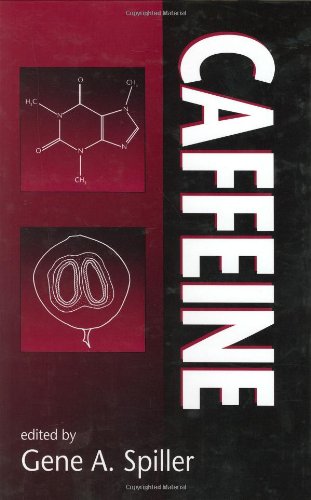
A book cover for Caffeine; Gene A. Spiller; Health, Fitness & Dieting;